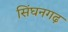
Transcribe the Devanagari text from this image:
सिंघनगढ़